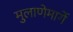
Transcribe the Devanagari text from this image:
मुलाणेमार्गे